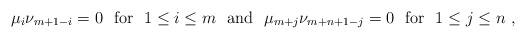
\begin{align*}\mbox{$\mu_i\nu_{m+1-i}=0$ \ for \ $1\le i\le m$ \ and \ $\mu_{m+j}\nu_{m+n+1-j}=0$ \ for \ $1\le j\le n$ , }\end{align*}